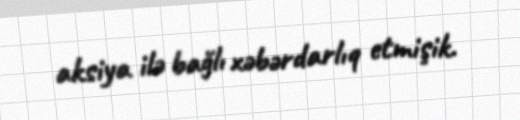
aksiya ilə bağlı xəbərdarlıq etmişik.